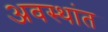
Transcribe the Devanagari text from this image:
अवस्थांत